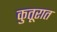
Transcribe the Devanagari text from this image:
कुतूरात